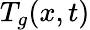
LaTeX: T_{g}(x,t)